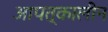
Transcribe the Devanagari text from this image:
आपत्‌कालीन